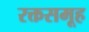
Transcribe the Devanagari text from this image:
रक्तसमूह